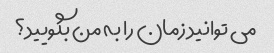
می توانید زمان را به من بگویید؟